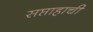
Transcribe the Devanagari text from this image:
सप्ताहाची